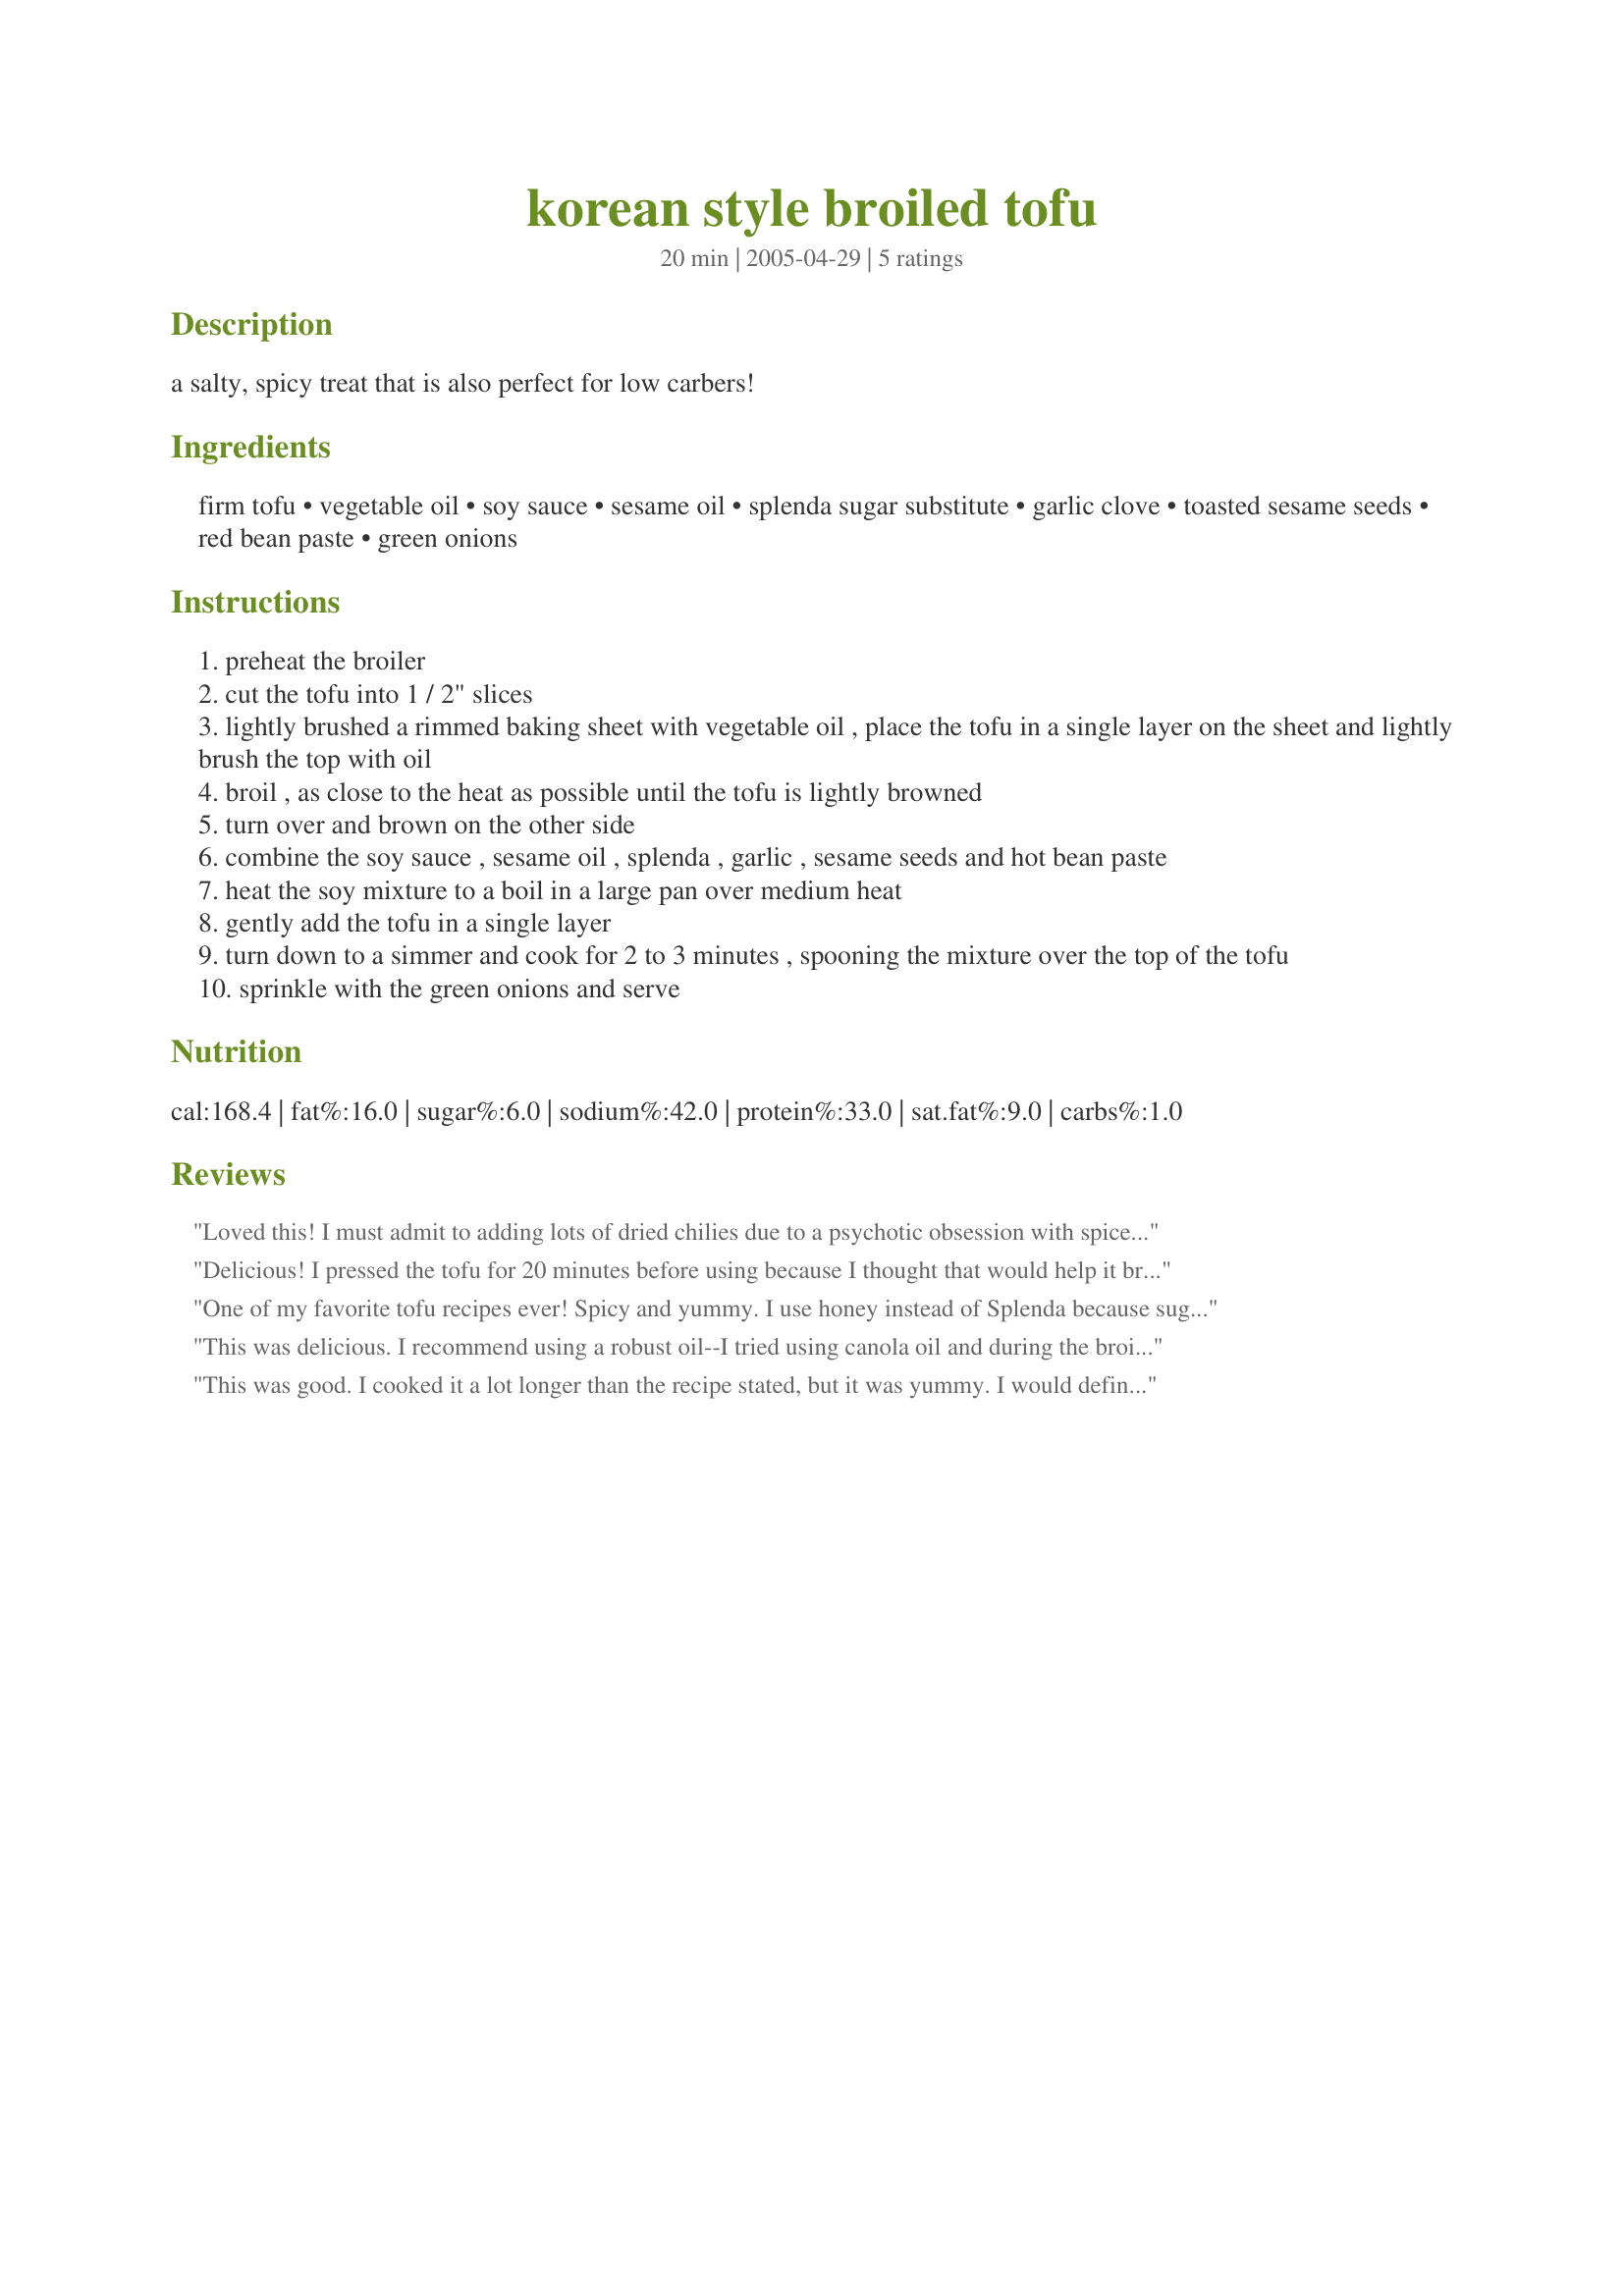
korean style broiled tofu
Preparation time: 20 minutes

a salty, spicy treat that is also perfect for low carbers!

Ingredients:
firm tofu, vegetable oil, soy sauce, sesame oil, splenda sugar substitute, garlic clove, toasted sesame seeds, red bean paste, green onions

Steps:
preheat the broiler
cut the tofu into 1 / 2" slices
lightly brushed a rimmed baking sheet with vegetable oil , place the tofu in a single layer on the sheet and lightly brush the top with oil
broil , as close to the heat as possible until the tofu is lightly browned
turn over and brown on the other side
combine the soy sauce , sesame oil , splenda , garlic , sesame seeds and hot bean paste
heat the soy mixture to a boil in a large pan over medium heat
gently add the tofu in a single layer
turn down to a simmer and cook for 2 to 3 minutes , spooning the mixture over the top of the tofu
sprinkle with the green onions and serve

Reviews:
Loved this! I must admit to adding lots of dried chilies due to a psychotic obsession with spice, but ... hey - the base recipe and the techniques made for a tasty dish. My boyfriend and I were both surprised at how good this was!
Delicious! I pressed the tofu for 20 minutes before using because I thought that would help it brown better. It turned out almost chewy, but in a cool, satisfying way. I used sugar instead of Splenda. I have bought this before in the prepared foods section of my local Korean store; this was comparable but even fresher. I like it cold, too, so I'm glad I made the full recipe even though it was more than I could eat at once.
One of my favorite tofu recipes ever! Spicy and yummy. I use honey instead of Splenda because sugar substitutes freak me out. Serve with brown rice and steamed broccoli.
This was delicious. I recommend using a robust oil--I tried using canola oil and during the broiling phase, my kitchen got very smoky. I also used sugar instead of Splenda.
This was good. I cooked it a lot longer than the recipe stated, but it was yummy. I would definitely make it again.
